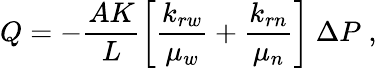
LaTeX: Q=-\frac{AK}{L}\left[\frac{k_{rw}}{\mu_{w}}+\frac{k_{rn}}{\mu_{n}}\right]\ \Delta P\; ,